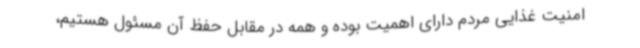
امنیت غذایی مردم دارای اهمیت بوده و همه در مقابل حفظ آن مسئول هستیم،